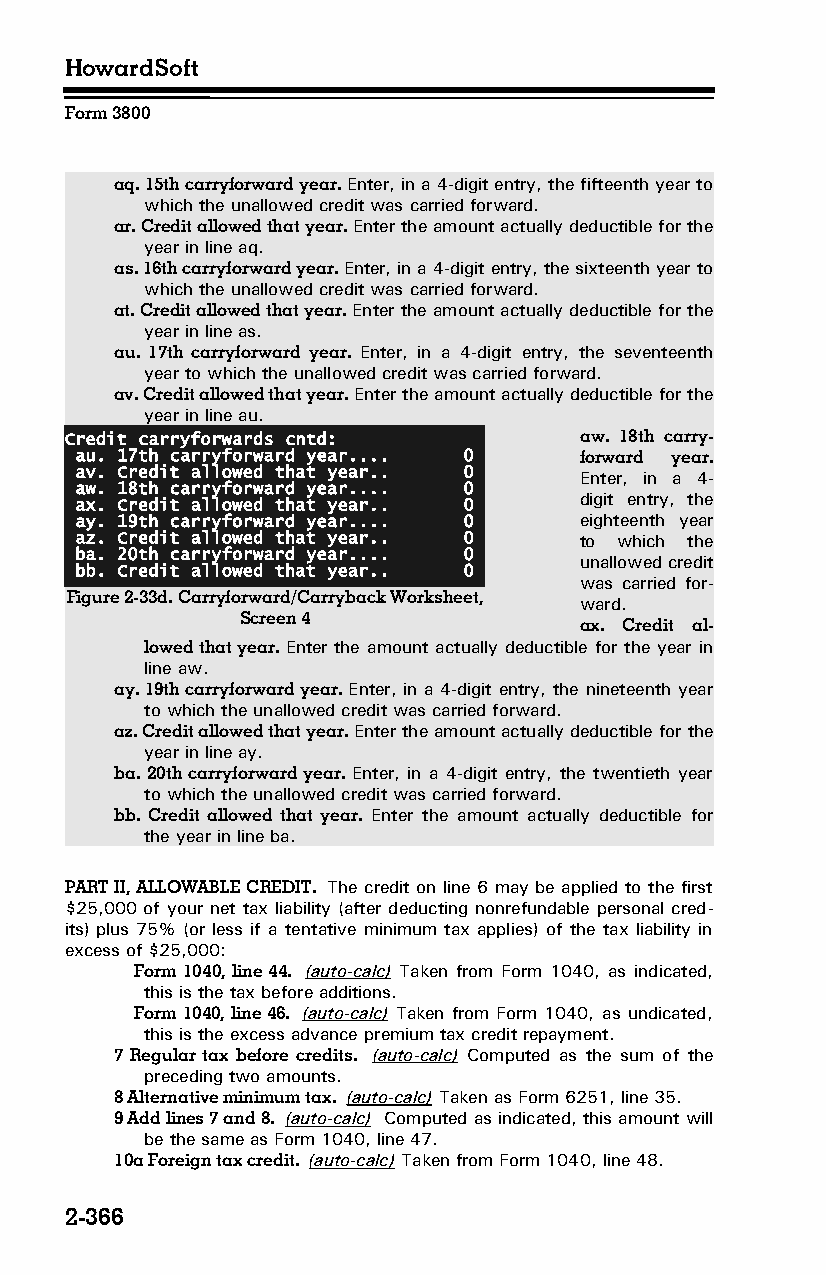
HowardSoft
 Form 3800
 aq. 15th carryforward year. Enter, in a 4-digit entry, the fifteenth year to
 which the unallowed credit was carried forward.
 ar. Credit allowed that year. Enter the amount actually deductible for the
 year in line aq.
 as. 16th carryforward year. Enter, in a 4-digit entry, the sixteenth year to
 which the unallowed credit was carried forward.
 at. Credit allowed that year. Enter the amount actually deductible for the
 year in line as.
 au. 17th carryforward year. Enter, in a 4-digit entry, the seventeenth
 year to which the unallowed credit was carried forward.
 av. Credit allowed that year. Enter the amount actually deductible for the
 year in line au.
 Credit carryforwards cntd:        aw. 18th carry­
 au. 17th carryforward year.... 0 forward year.
 av. Credit allowed that year.. 0 Enter, in a 4-
 aw. 18th carryforward year.... 0
 ax. Credit allowed that year.. 0 digit entry, the
 ay. 19th carryforward year.... 0 eighteenth year
 az. Credit allowed that year.. 0 to which the
 ba. 20th carryforward year.... 0
 unallowed credit
 bb. Credit allowed that year.. 0
 was carried for­
 Figure 2-33d. Carryforward/Carryback Worksheet,
 ward.
 Screen 4
 ax. Credit al­
 lowed that year. Enter the amount actually deductible for the year in
 line aw.
 ay. 19th carryforward year. Enter, in a 4-digit entry, the nineteenth year
 to which the unallowed credit was carried forward.
 az. Credit allowed that year. Enter the amount actually deductible for the
 year in line ay.
 ba. 20th carryforward year. Enter, in a 4-digit entry, the twentieth year
 to which the unallowed credit was carried forward.
 bb. Credit allowed that year. Enter the amount actually deductible for
 the year in line ba.
 PART II, ALLOWABLE CREDIT. The credit on line 6 may be applied to the first
 $25,000 of your net tax liability (after deducting nonrefundable personal cred­
 its) plus 75% (or less if a tentative minimum tax applies) of the tax liability in
 excess of $25,000:
 Form 1040, line 44. (auto-calc) Taken from Form 1040, as indicated,
 this is the tax before additions.
 Form 1040, line 46. (auto-calc) Taken from Form 1040, as undicated,
 this is the excess advance premium tax credit repayment.
 7 Regular tax before credits. (auto-calc) Computed as the sum of the
 preceding two amounts.
 8 Alternative minimum tax. (auto-calc) Taken as Form 6251, line 35.
 9 Add lines 7 and 8. (auto-calc) Computed as indicated, this amount will
 be the same as Form 1040, line 47.
 10a Foreign tax credit. (auto-calc) Taken from Form 1040, line 48.
 2-366